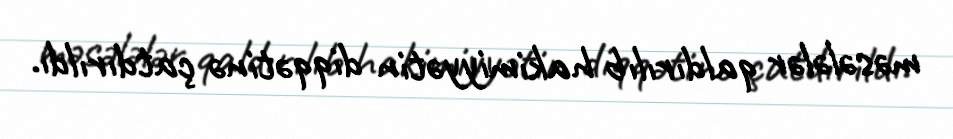
məsələlər qaldırılıb hakimiyyətin diqqətinə çatdırıldı.